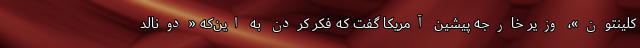
کلینتون»، وزیر خارجه پیشین آمریکا گفت که فکر کردن به این‌که «دونالد